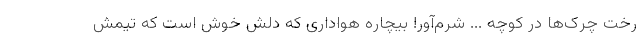
رخت چرک‌ها در کوچه ... شرم‌آور! بیچاره هواداری که دلش خوش است که تیمش